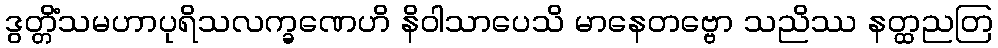
ဒွတ္တိံသမဟာပုရိသလက္ခဏေဟိ နိဝါသာပေသိ မာနေတဗ္ဗော သညိဿ နတ္ထညတြ